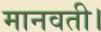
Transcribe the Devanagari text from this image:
मानवती।